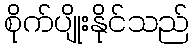
စိုက်ပျိုးနိုင်သည်